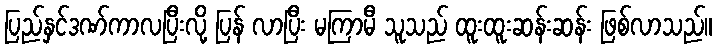
ပြည်နှင်ဒဏ်ကာလပြီးလို့ ပြန် လာပြီး မကြာမီ သူသည် ထူးထူးဆန်းဆန်း ဖြစ်လာသည်။